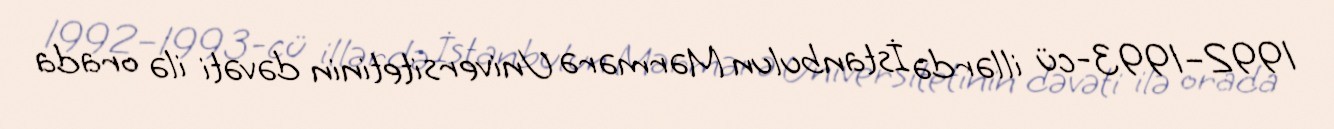
1992–1993-cü illərdə İstanbulun Mərmərə Universitetinin dəvəti ilə orada